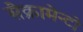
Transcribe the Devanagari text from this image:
सेक्रामेन्टो